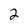
Character: 2